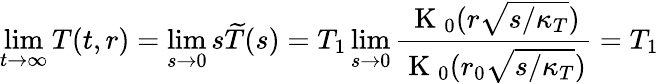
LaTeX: \operatorname*{lim}_{t\to\infty}T(t,r)=\operatorname*{lim}_{s\to 0}s\widetilde{T}(s)=T_{1}\operatorname*{lim}_{s\to 0}\frac{\mathrm{~K~}_{0}(r\sqrt{s/\kappa_{T}})}{\mathrm{~K~}_{0}(r_{0}\sqrt{s/\kappa_{T}})}=T_{1}